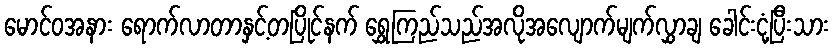
မောင်ဝအနား ရောက်လာတာနှင့်တပြိုင်နက် ရွှေကြည်သည်အလိုအလျောက်မျက်လွှာချ ခေါင်းငုံ့ပြီးသား